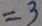
= 3